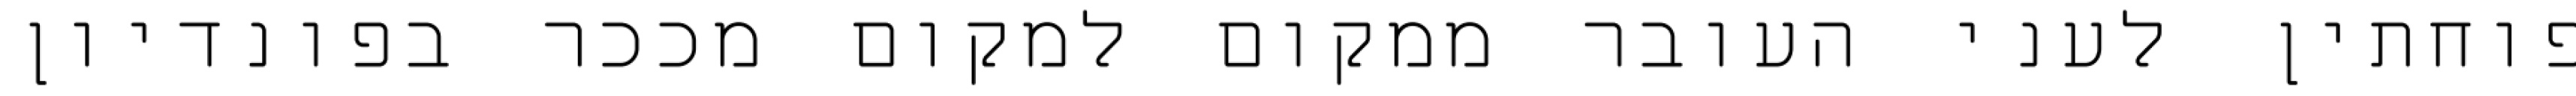
פוחתין לעני העובר ממקום למקום מככר בפונדיון